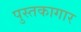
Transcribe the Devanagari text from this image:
पुस्तकागार